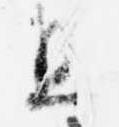
且